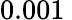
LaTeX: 0.001\